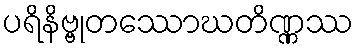
ပရိနိဗ္ဗုတဿောဃတိဏ္ဏဿ